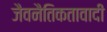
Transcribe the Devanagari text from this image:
जैवनैतिकतावादी